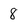
Character: 8